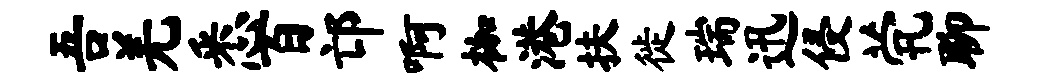
吾羌悉百邙啊枷港扶徙瑞迅侵茕聊